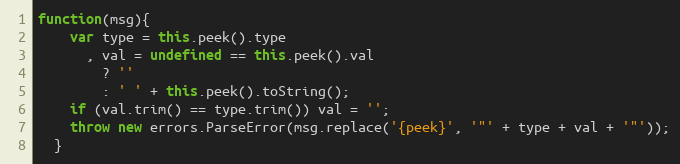
Language: JavaScript
function(msg){
    var type = this.peek().type
      , val = undefined == this.peek().val
        ? ''
        : ' ' + this.peek().toString();
    if (val.trim() == type.trim()) val = '';
    throw new errors.ParseError(msg.replace('{peek}', '"' + type + val + '"'));
  }